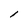
Character: l